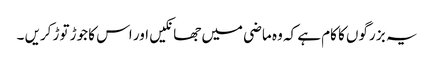
یہ بز رگوں کا کام ہے کہ وہ ماضی میں جھانکیں اور اس کا جوڑ توڑ کریں ۔